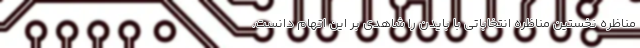
مناظره نخستین مناظره انتخاباتی با بایدن را شاهدی بر این اتهام دانست.